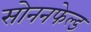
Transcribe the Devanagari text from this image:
सोननफेल्ड